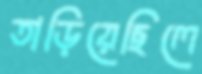
তাড়িয়েছিলে